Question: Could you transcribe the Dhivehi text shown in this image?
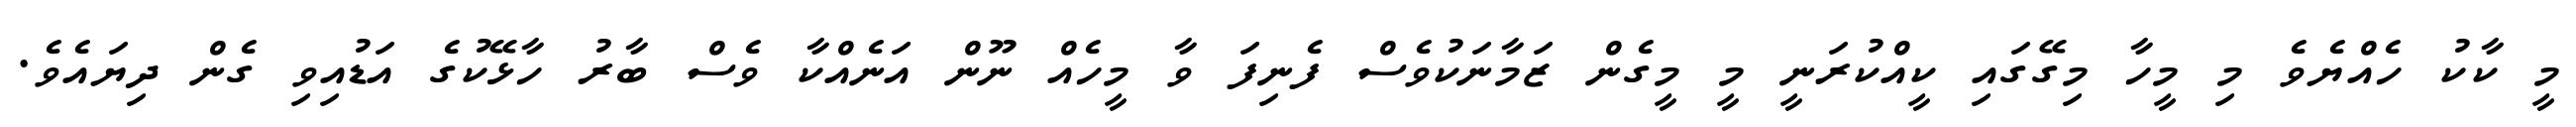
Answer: މީ ކާކު ހެއްޔެވެ މި މީހާ މިގޭގައި ކީއްކުރަނީ މީ މީގެން ޒަމާނަކުވެސް ފެނިފަ ވާ މީހެއް ނޫން އަނެއްކާ ވެސް ބާރު ހާޅޭކުގެ އަޑުއިވި ގެން ދިޔައެވެ.